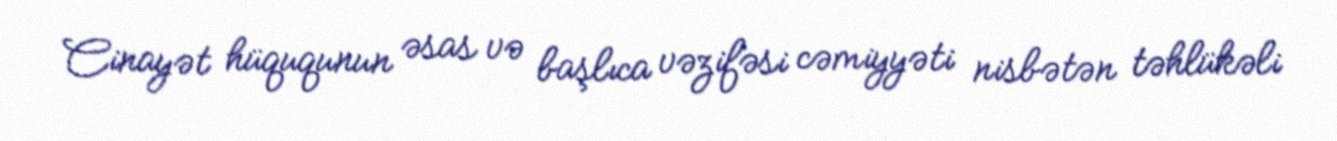
Cinayət hüququnun əsas və başlıca vəzifəsi cəmiyyəti nisbətən təhlükəli